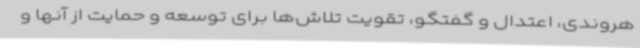
هروندی، اعتدال و گفتگو، تقویت تلاش‌ها برای توسعه و حمایت از آنها و